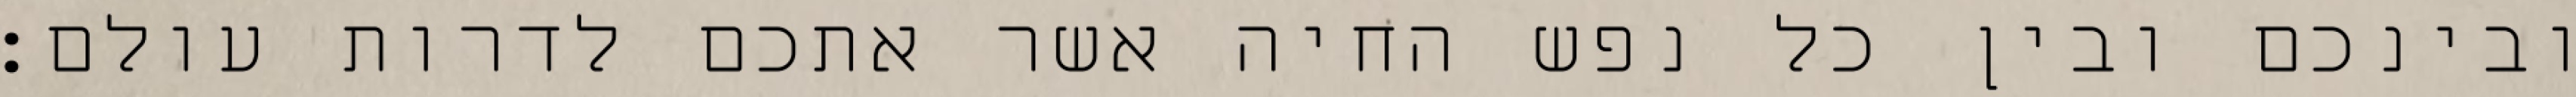
ובינכם ובין כל נפש החיה אשר אתכם לדרות עולם׃